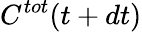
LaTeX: C^{tot}(t+dt)